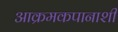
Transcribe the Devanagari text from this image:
आक्रमकपानाशी